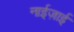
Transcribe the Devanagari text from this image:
नाईज़ाई